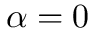
\alpha = 0